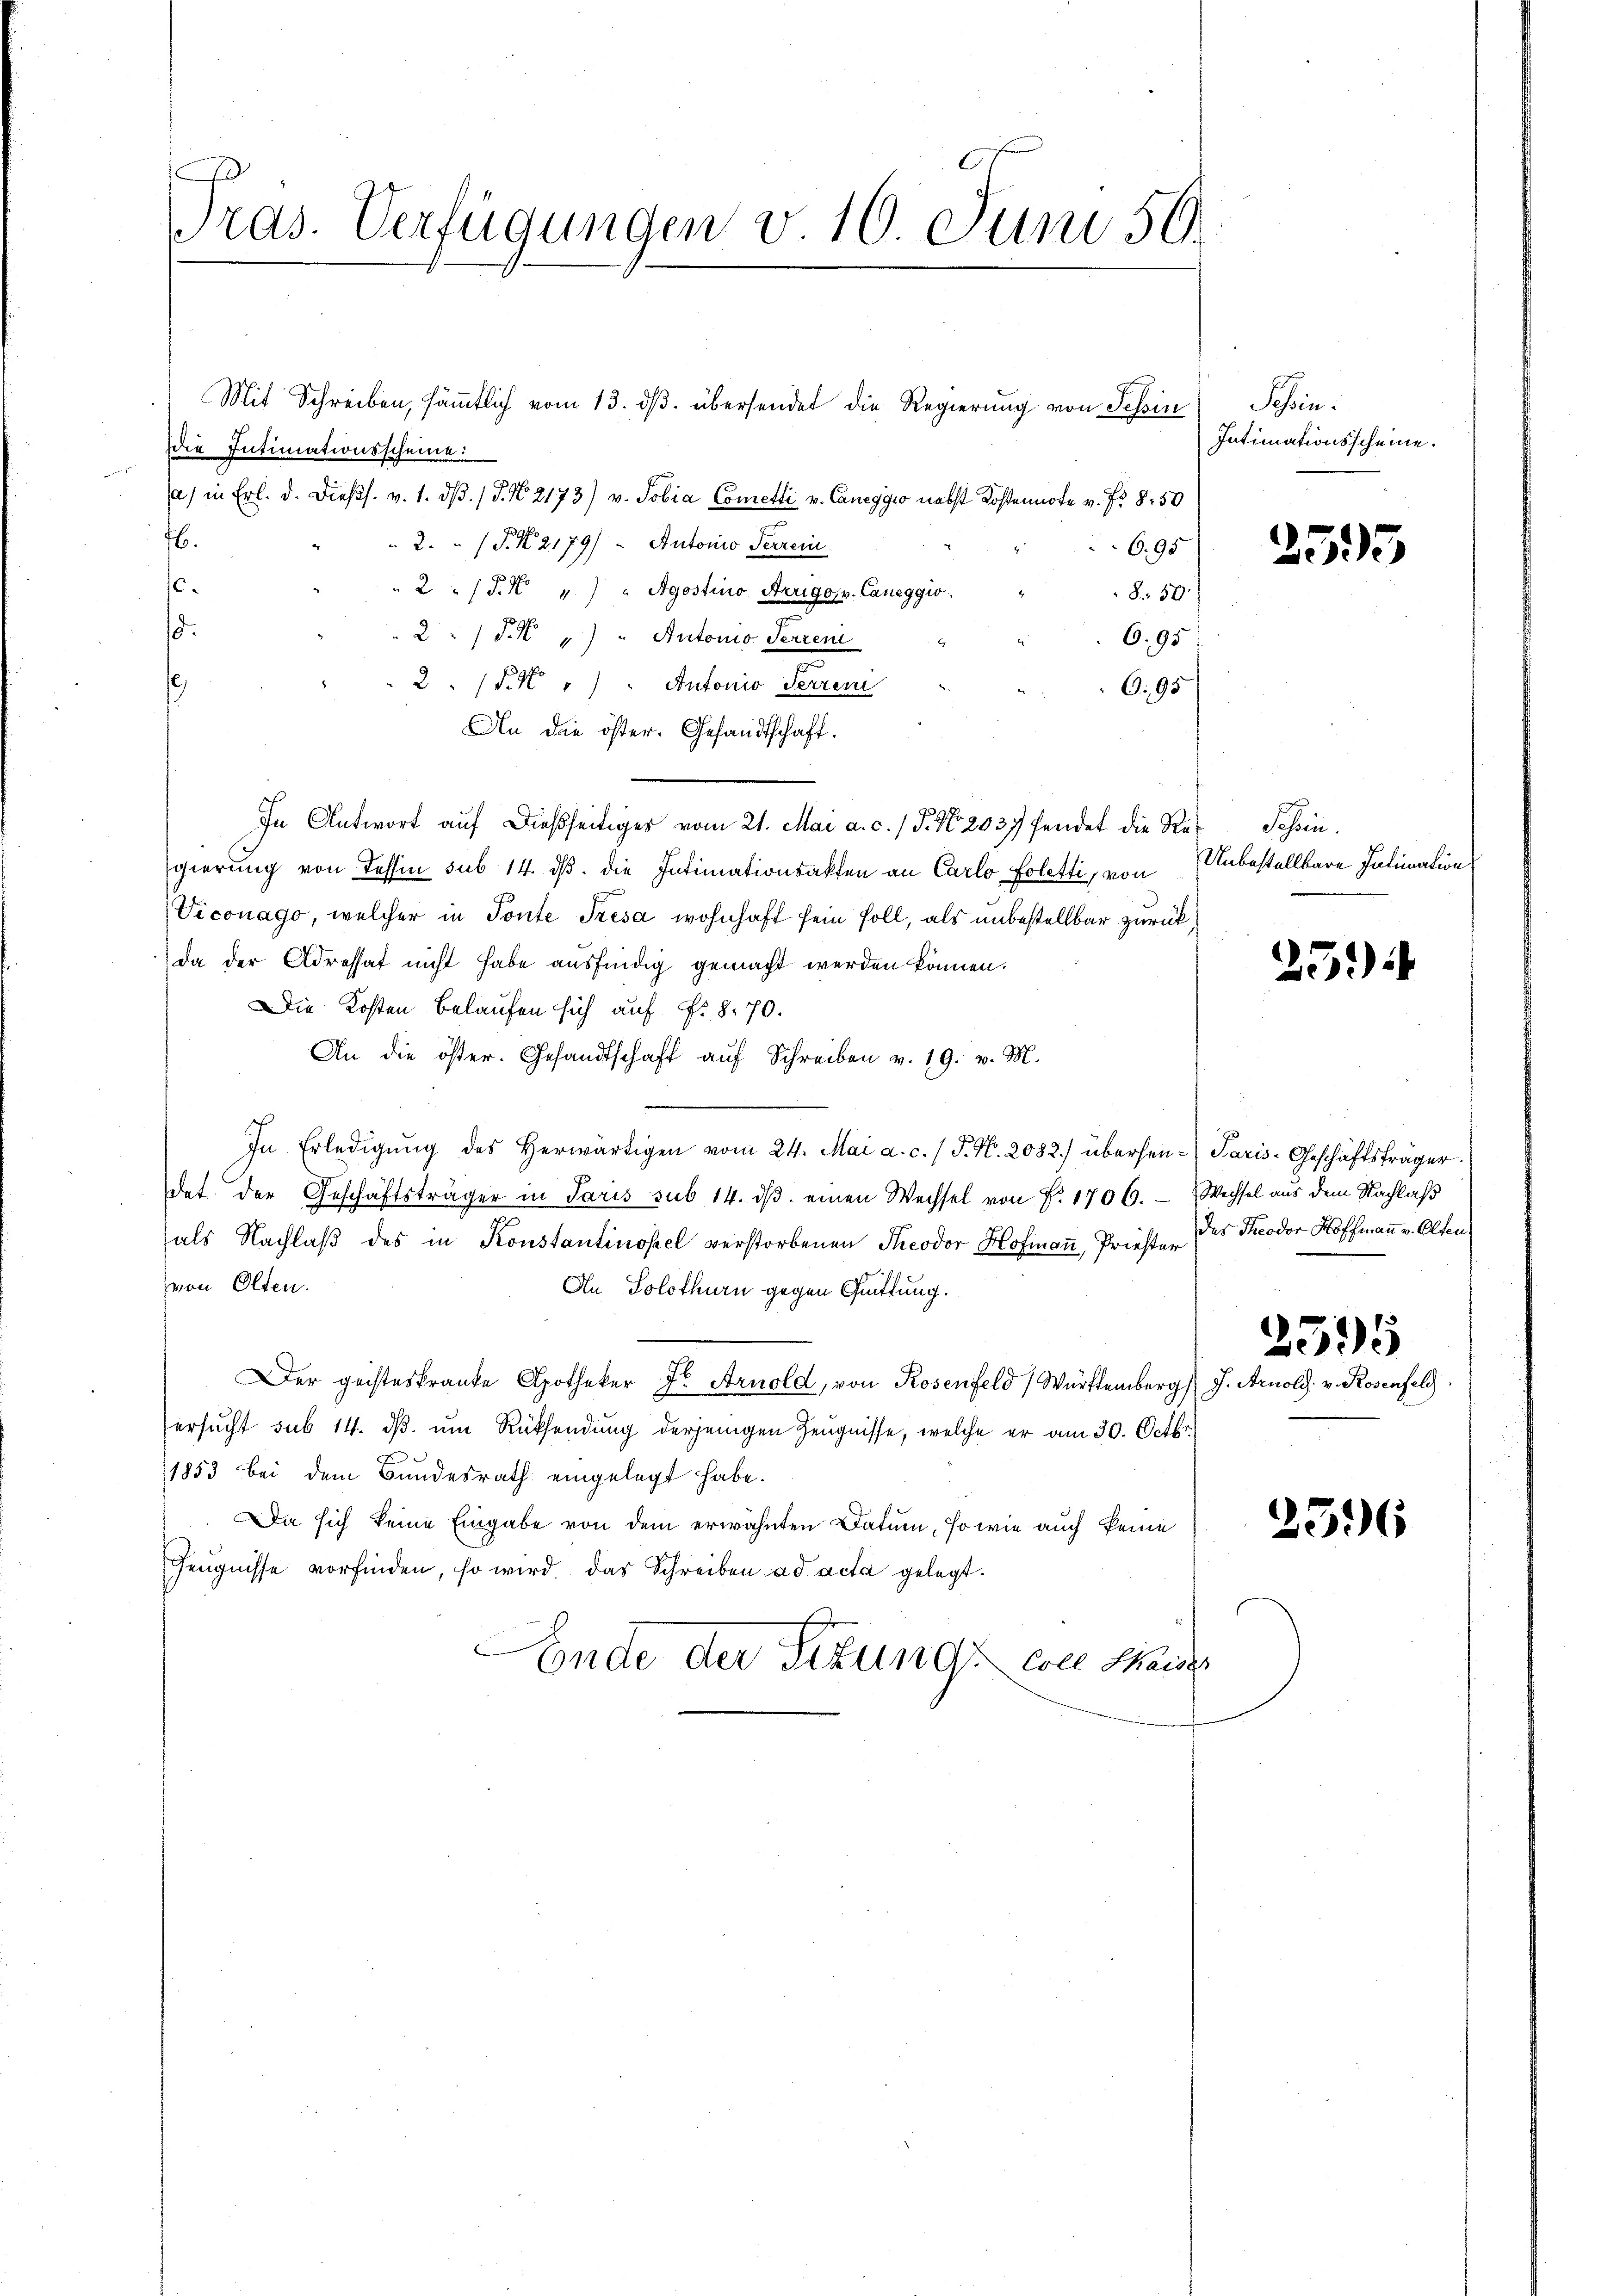
Pras. Verfügungen v. 10. Juni 59.

Mit Schreiben, sämmtlich vom 13. dβ übersendet die Regierung von Tessin
ie Intimationsscheine:
a) in Frl. d. dießs. v. 1. dβ. / 5. No 2173) v. Tobia Cometti v. Caneggio nebst Kostennote v. Fr. 8.50
H.
2. (T. N. 2179/ - Autonio Perrein
c.
2/J.M. " " Agostino Arrigov. Caneggio.
.
2 P.N " " Antonio Serren
6.95
2 (§. 1 " " Antonio Serreni
O. 95
14
An die öster. Gesandtschaft.
In Antwort aŭf dießseitiger vom 21. Mai a. c. / P. Nr. 2037 fendet die Re¬ Schin
gierung von Tessin sub 14. dβ. die Intimationsakten an Carlo foletti, von
Viconago, welcher in Tonte Tresa wohnhaft sein soll, als unbestellbar zurückda der Adressat nicht habe ausfindig gemacht werden können.
Die Kosten belaufen sich auf Fr. 8. 70.
An die öster. Gesandtschaft aŭf Schreiben v. 19. v. M.
In Erledigŭng des herwärtigen vom 24. Mai a. c. / P. Nr. 2082) übersen-Paris-Geschäftsträger.
det der Geschäftsträger in Paris sub 14. dβ einen Wechsel von F. 1706. Wechsel aus dem Nachlaß
als Nachlaß des in Konstantinopel verstorbenen Theodor Hofmann, Prieste. Das Theodor Hoffmann v. Olten
von Olten.
An Solothurn gegen Quittung.
Der geisteskranke Apotheker Fr. Arnold, von Rosenfeld (Württemberg J. Ar
ersucht sub 14. dß. um Rüksendung derjenigen Zeugnisse, welche er am 30. Octbr.
1853 bei dem Bundesrath eingelegt habe.
Da sich keine Eingabe von dem erwähnten Datum, so wie auch keine
Zeugnisse vorfinden, so wird, das Schreiben ad acta gelegt.
Ende der Sitzungene Handes

6.95
850

Schen.
Intimationsscheine.

Unbestellbare Intimation

25.)

.

253

395

2596

old. v. Rosenfeld.